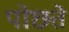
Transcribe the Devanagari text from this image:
पोछते